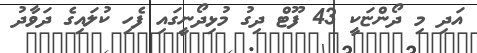
އަދި މި ދޯންޏަކީ 43 ފޫޓް ދިގު މުޅިދޯނީގައި ފެހި ކުލައިގެ ދަވާދު